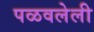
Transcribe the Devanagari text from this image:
पळवलेली